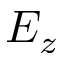
E _ { z }